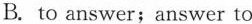
B. to answer;answer to